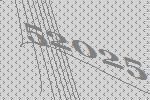
52025